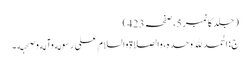
( جلد کا نمبر 5، صفحہ 423)
ج: الحمد لله وحده، والصلاة والسلام علی رسوله وآله وصحبه ۔